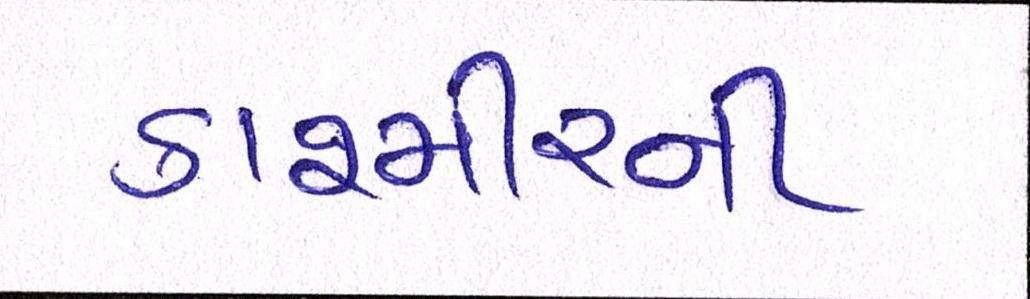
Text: કાશ્મીરની